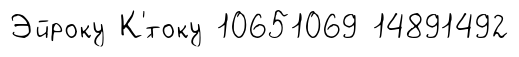
Эйроку К'́току 10651069 14891492